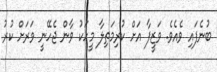
ބުނެފައި ވެއެވެ. ވަޒީފާ އަށް ކުރިމަތިލާ މީހަކު ވާން ޖެހޭނީ ވަރަށް ކުރު